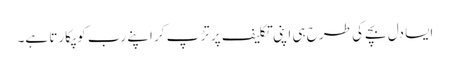
ایسا دل بچے کی طرح ہی اپنی تکلیف پر تڑ پ کر اپنے رب کو پکارتا ہے۔